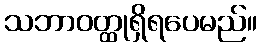
သဘာဝတ္ထုရှိရပေမည်။